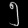
Digit: ၅